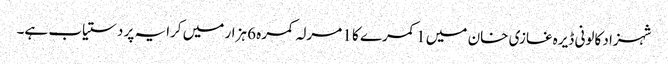
شہزاد کالونی ڈیرہ غازی خان میں 1 کمرے کا 1 مرلہ کمرہ 6 ہزار میں کرایہ پر دستیاب ہے۔